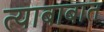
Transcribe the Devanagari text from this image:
त्याबाबात